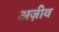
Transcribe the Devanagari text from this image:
अज़ीव